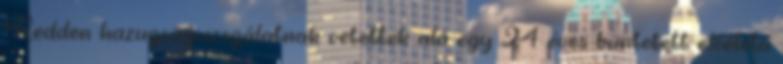
Kedden hazugságvizsgálatnak vetettek alá egy 24 éves büntetett előéletű